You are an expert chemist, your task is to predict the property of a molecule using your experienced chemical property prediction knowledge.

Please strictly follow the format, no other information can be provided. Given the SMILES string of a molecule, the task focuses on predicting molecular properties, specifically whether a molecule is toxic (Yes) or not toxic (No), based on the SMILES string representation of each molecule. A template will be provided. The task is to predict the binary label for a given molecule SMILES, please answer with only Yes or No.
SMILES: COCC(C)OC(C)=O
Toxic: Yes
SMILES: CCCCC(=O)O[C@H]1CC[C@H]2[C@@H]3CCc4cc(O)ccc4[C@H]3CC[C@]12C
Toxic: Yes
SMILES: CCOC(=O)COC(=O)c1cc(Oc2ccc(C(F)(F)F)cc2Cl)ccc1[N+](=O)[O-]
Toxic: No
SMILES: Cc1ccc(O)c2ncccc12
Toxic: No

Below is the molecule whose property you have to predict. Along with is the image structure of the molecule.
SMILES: COc1ccc([C@@H]2CC(=O)c3c(O)cc(O[C@@H]4O[C@H](CO[C@@H]5O[C@@H](C)[C@H](O)[C@@H](O)[C@H]5O)[C@@H](O)[C@H](O)[C@H]4O)cc3O2)cc1OC
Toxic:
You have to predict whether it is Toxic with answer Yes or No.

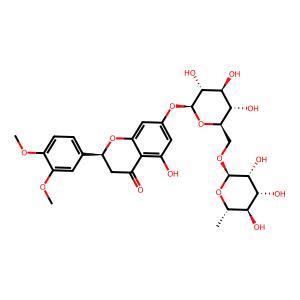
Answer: No